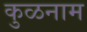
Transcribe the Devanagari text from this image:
कुळनाम